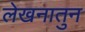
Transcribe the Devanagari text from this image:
लेखनातुन